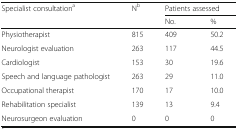
<table><thead><tr><td rowspan="2"><b>Specialist consultation<sup>a</sup></b></td><td rowspan="2"><b>N<sup>b</sup></b></td><td colspan="2"><b>Patients assessed</b></td></tr><tr><td><b>No.</b></td><td><b>%</b></td></tr></thead><tbody><tr><td>Physiotherapist</td><td>815</td><td>409</td><td>50.2</td></tr><tr><td>Neurologist evaluation</td><td>263</td><td>117</td><td>44.5</td></tr><tr><td>Cardiologist</td><td>153</td><td>30</td><td>19.6</td></tr><tr><td>Speech and language pathologist</td><td>263</td><td>29</td><td>11.0</td></tr><tr><td>Occupational therapist</td><td>170</td><td>17</td><td>10.0</td></tr><tr><td>Rehabilitation specialist</td><td>139</td><td>13</td><td>9.4</td></tr><tr><td>Neurosurgeon evaluation</td><td>0</td><td>0</td><td>0</td></tr></tbody></table>